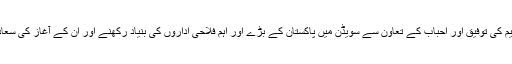
الحمداللہ رب کریم کی توفیق اور احباب کے تعاون سے سویڈن میں پاکستان کے بڑے اور اہم فلاحی اداروں کی بنیاد رکھنے اور ان کے آغاز کی سعادت حاصل ہوئی۔